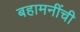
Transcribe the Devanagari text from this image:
बहामनींची